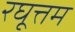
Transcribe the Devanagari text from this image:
रघूत्तम